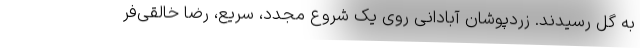
به گل رسیدند. زردپوشان آبادانی روی یک شروع مجدد، سریع، رضا خالقی‌فر